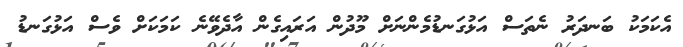
އެކަމަކު ބަނދަރު ނެތަސް އަޅުގަނޑުމެންނަށް މޫދުން އަރައިގެން އާދެވޭނެ ކަމަކަށް ވެސް އަޅުގަނޑު